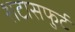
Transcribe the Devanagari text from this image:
शटासफुर्ट